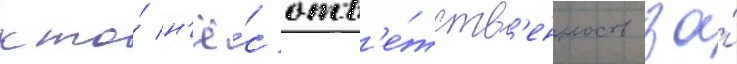
кто́ н'ё́с отв'е́тств'енность за́